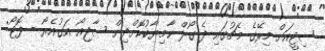
ސިޓީއަށް މިރޭގެ މެޗުގައި ދެ ގޯލް ކާމިޔާބުކޮށްދިން ސާޖިއޯ އަގުއެރޯ - ފޮޓޯ: